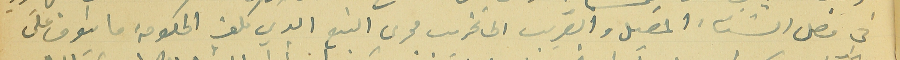
في فصل الشتاء المقبل والقريب الى تخريب مجرى النبع الدي كلف الحكومة ما ينوف على